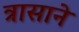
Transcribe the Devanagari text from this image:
त्रासाने